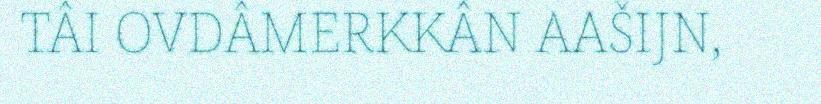
TÂI OVDÂMERKKÂN AAŠIJN,